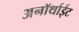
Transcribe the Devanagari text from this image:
अनॉर्थाईट